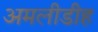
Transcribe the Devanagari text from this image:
अमलीडीह